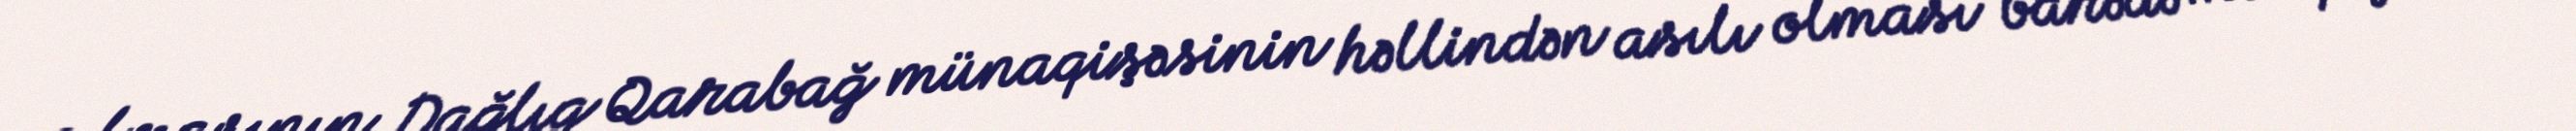
açılmasının Dağlıq Qarabağ münaqişəsinin həllindən asılı olması barədə mövqeyini